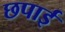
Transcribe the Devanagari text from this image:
छपार्इ